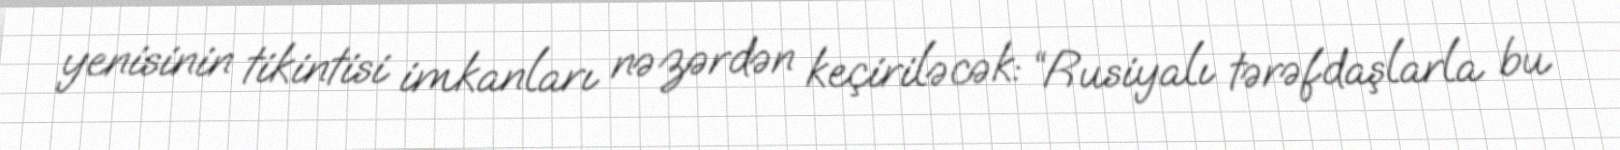
yenisinin tikintisi imkanları nəzərdən keçiriləcək: “Rusiyalı tərəfdaşlarla bu